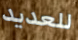
للعديد